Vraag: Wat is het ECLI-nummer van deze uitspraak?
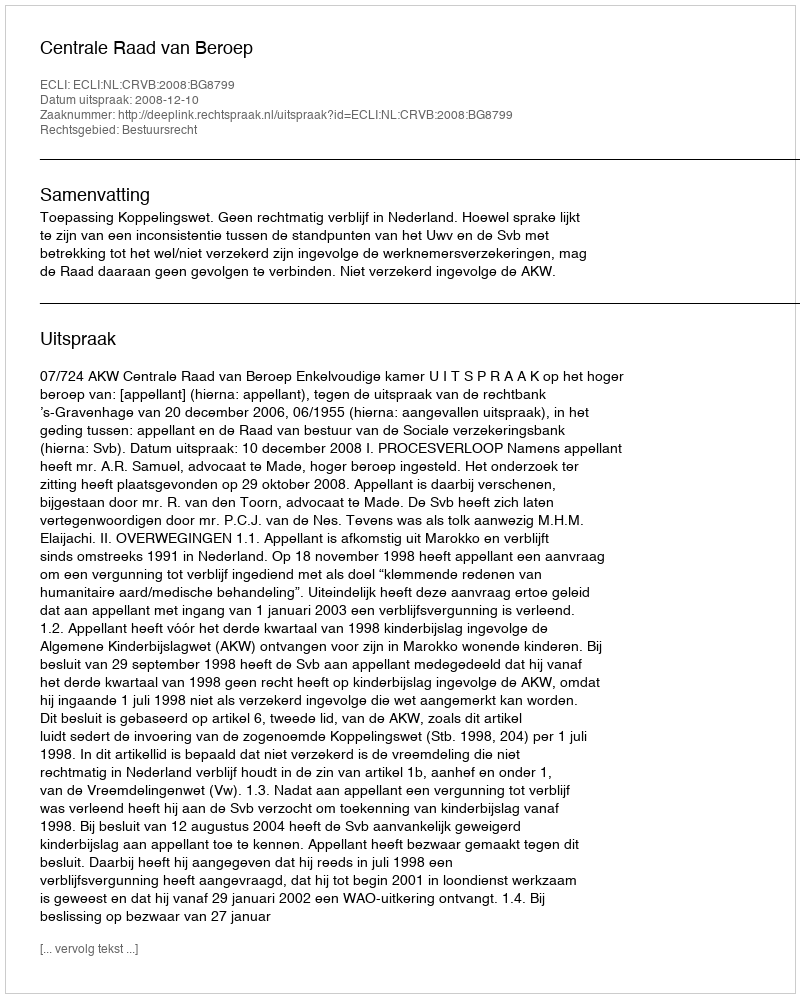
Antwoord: ECLI:NL:CRVB:2008:BG8799